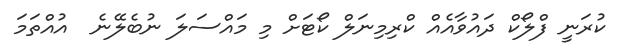
ކުރަނީ ފްލޯކް ދައުވާއެއް ކްރިމިނަލް ކޯޓަށް މި މައްސަލަ ނުބެލޭނެ  އުއްތަމަ